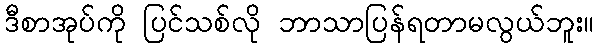
ဒီစာအုပ်ကို ပြင်သစ်လို ဘာသာပြန်ရတာမလွယ်ဘူး။